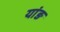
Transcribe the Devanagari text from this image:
यांङ